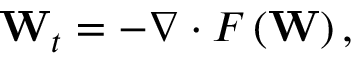
{ { \mathbf { W } } _ { t } } = - \nabla \cdot F \left( \mathbf { W } \right) ,